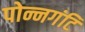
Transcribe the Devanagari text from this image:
पोन्नगंटि